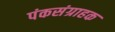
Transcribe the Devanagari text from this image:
पंकसंग्राहक